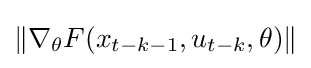
\left\|\nabla _{\theta }F(x_{t-k-1},u_{t-k},\theta )\right\|